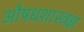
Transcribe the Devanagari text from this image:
औषधशास्त्रज्ञ